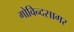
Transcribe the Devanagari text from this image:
गोविन्दसागर